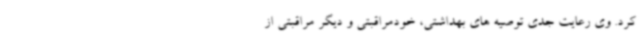
کرد. وی رعایت جدی توصیه های بهداشتی، خودمراقبتی و دیگر مراقبتی از